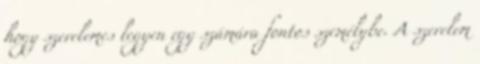
hogy szerelemes legyen egy számára fontos személybe. A szerelem